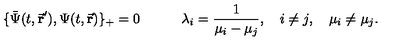
\{ \bar { \Psi } ( t , \vec { \bf r } ^ { \prime } ) , \Psi ( t , \vec { \bf r } ) \} _ { + } = 0 \quad \quad \quad \lambda _ { i } = \frac { 1 } { \mu _ { i } - \mu _ { j } } , \quad i \not = j , \quad \mu _ { i } \not = \mu _ { j } .